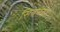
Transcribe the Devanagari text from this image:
सिवनंदा